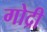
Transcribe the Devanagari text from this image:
गोद्री